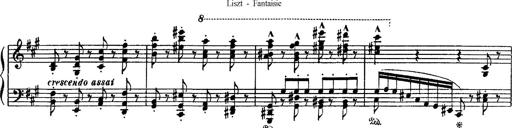
Title: Fantaisie sur des motifs favoris de l'opÃ©ra 'La sonnambula'
Composer: Franz Liszt